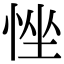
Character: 𢚂